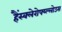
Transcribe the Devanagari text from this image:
हैंस्क्लेरोफ्य्ल्लोउस